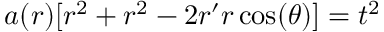
a ( r ) [ r ^ { 2 } + r ^ { 2 } - 2 r ^ { \prime } r \cos ( \theta ) ] = t ^ { 2 }